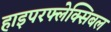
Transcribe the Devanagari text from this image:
हाइपरफ्लेक्सिबल